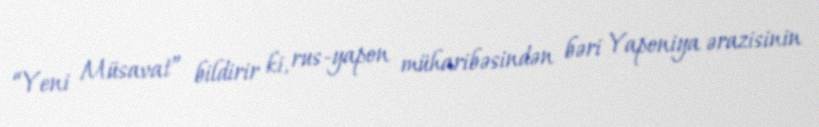
“Yeni Müsavat” bildirir ki, rus-yapon müharibəsindən bəri Yaponiya ərazisinin